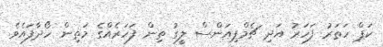
ކަޕް ހަތަރު ފަހަރު އަދި ޗެމްޕިއަންސް ލީގު ތިން ފަހަރެއްގެ މަތިން ހޯދާފައެވެ.